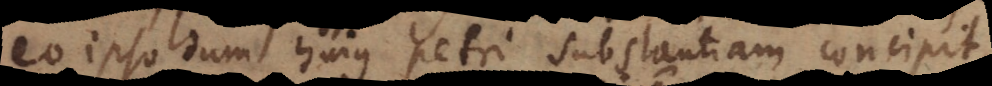
eo ipso dum hujus Petri substantiam concipit,